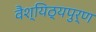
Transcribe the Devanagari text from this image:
वैश्यिठ्यपुर्ण